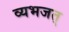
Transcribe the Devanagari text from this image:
व्यभजत्